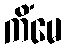
ကိံမေ